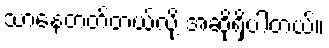
သာနေတတ်တယ်လို့ အဆိုရှိပါတယ်။